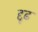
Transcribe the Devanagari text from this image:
द्दृढ